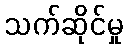
သက်ဆိုင်မှု